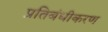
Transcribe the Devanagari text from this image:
प्रतिबंधीकरण